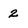
Character: 2